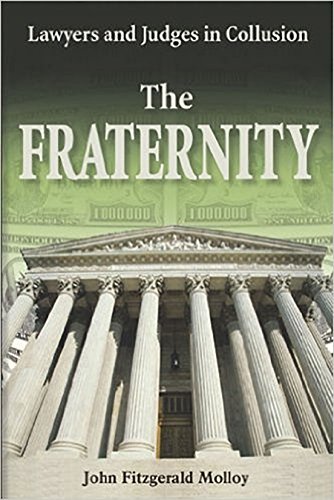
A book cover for The Fraternity: Lawyers and Judges in Collusion; John Fitzgerald Molloy; Law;